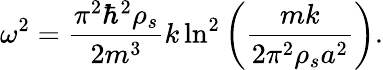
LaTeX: \omega^{2}=\frac{\pi^{2}\hbar^{2}\rho_{s}}{2m^{3}}k\ln^{2}\left(\frac{mk}{2\pi^{2}\rho_{s}a^{2}}\right).